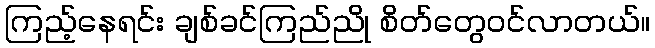
ကြည့်နေရင်း ချစ်ခင်ကြည်ညို စိတ်တွေဝင်လာတယ်။